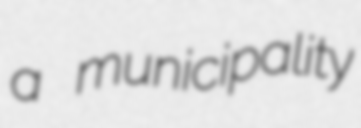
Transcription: a municipality